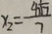
x _ { 2 } = \frac { 4 \sqrt { 1 7 } } { 7 }